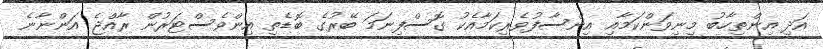
އަދި އިންތިހާބު މިނިވަންކަމާއި އިންސާފުވެރިކަމާއެކު ގޮސްފިނަމަ ބޭރުގެ ބޮޑެތި އިންވެސްޓަރުން ރާއްޖެ އަންނާނެ